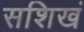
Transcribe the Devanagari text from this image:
सशिखं